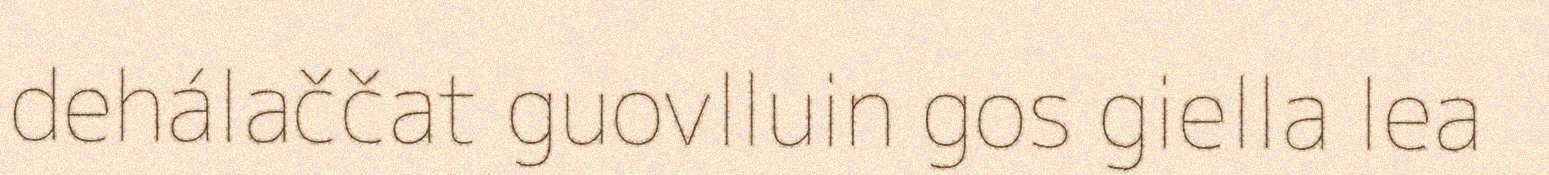
dehálaččat guovlluin gos giella lea